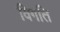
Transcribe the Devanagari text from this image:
विगति